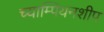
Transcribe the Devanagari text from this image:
च्याम्पियनशीप